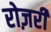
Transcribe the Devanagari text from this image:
रोज़री